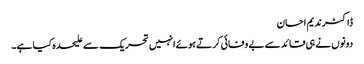
ڈاکٹرندیم احسان
دونوں نے ہی قائد سے بے وفائی کرتے ہوئے انہیں تحریک سے علیحدہ کیا ہے۔